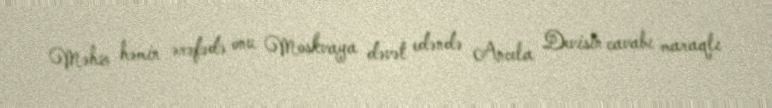
Məhz həmin ərəfədə onu Moskvaya dəvət edəndə Ancela Devisin cavabı maraqlı